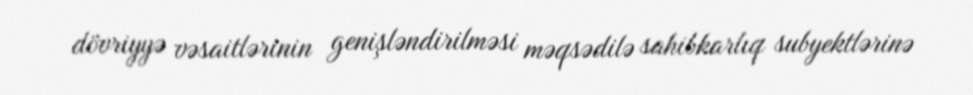
dövriyyə vəsaitlərinin genişləndirilməsi məqsədilə sahibkarlıq subyektlərinə